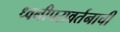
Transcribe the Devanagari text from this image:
ध्वनीपरावर्तनाची